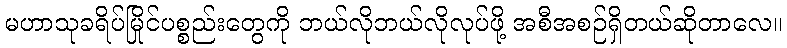
မဟာသုခရိပ်မြိုင်ပစ္စည်းတွေကို ဘယ်လိုဘယ်လိုလုပ်ဖို့ အစီအစဉ်ရှိတယ်ဆိုတာလေ။